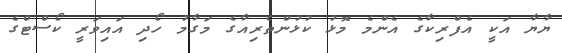
ޔާޔާ އަކީ އެފްރިކާގެ އެންމެ މޮޅު ކުޅުންތެރިއާގެ މަގާމު ހޯދި އައިވަރީ ކޯސްޓްގެ